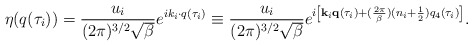
\begin{align*}\eta(q(\tau_i))=\frac{u_i}{(2\pi)^{3/2}\sqrt{\beta}}e^{ik_i\cdot q(\tau_i)}\equiv\frac{u_i}{(2\pi)^{3/2}\sqrt{\beta}}e^{i\left[{\bf k}_i{\bf q}(\tau_i)+(\frac{2\pi}{\beta})(n_i+\frac12) q_4(\tau_i)\right]}.\end{align*}